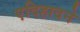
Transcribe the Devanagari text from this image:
एदिहादने